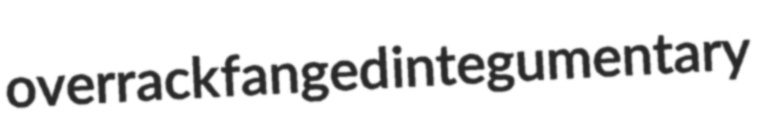
overrack fanged integumentary